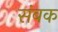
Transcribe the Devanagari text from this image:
संबक